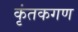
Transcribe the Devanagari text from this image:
कृंतकगण